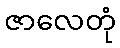
ဇာလေတုံ